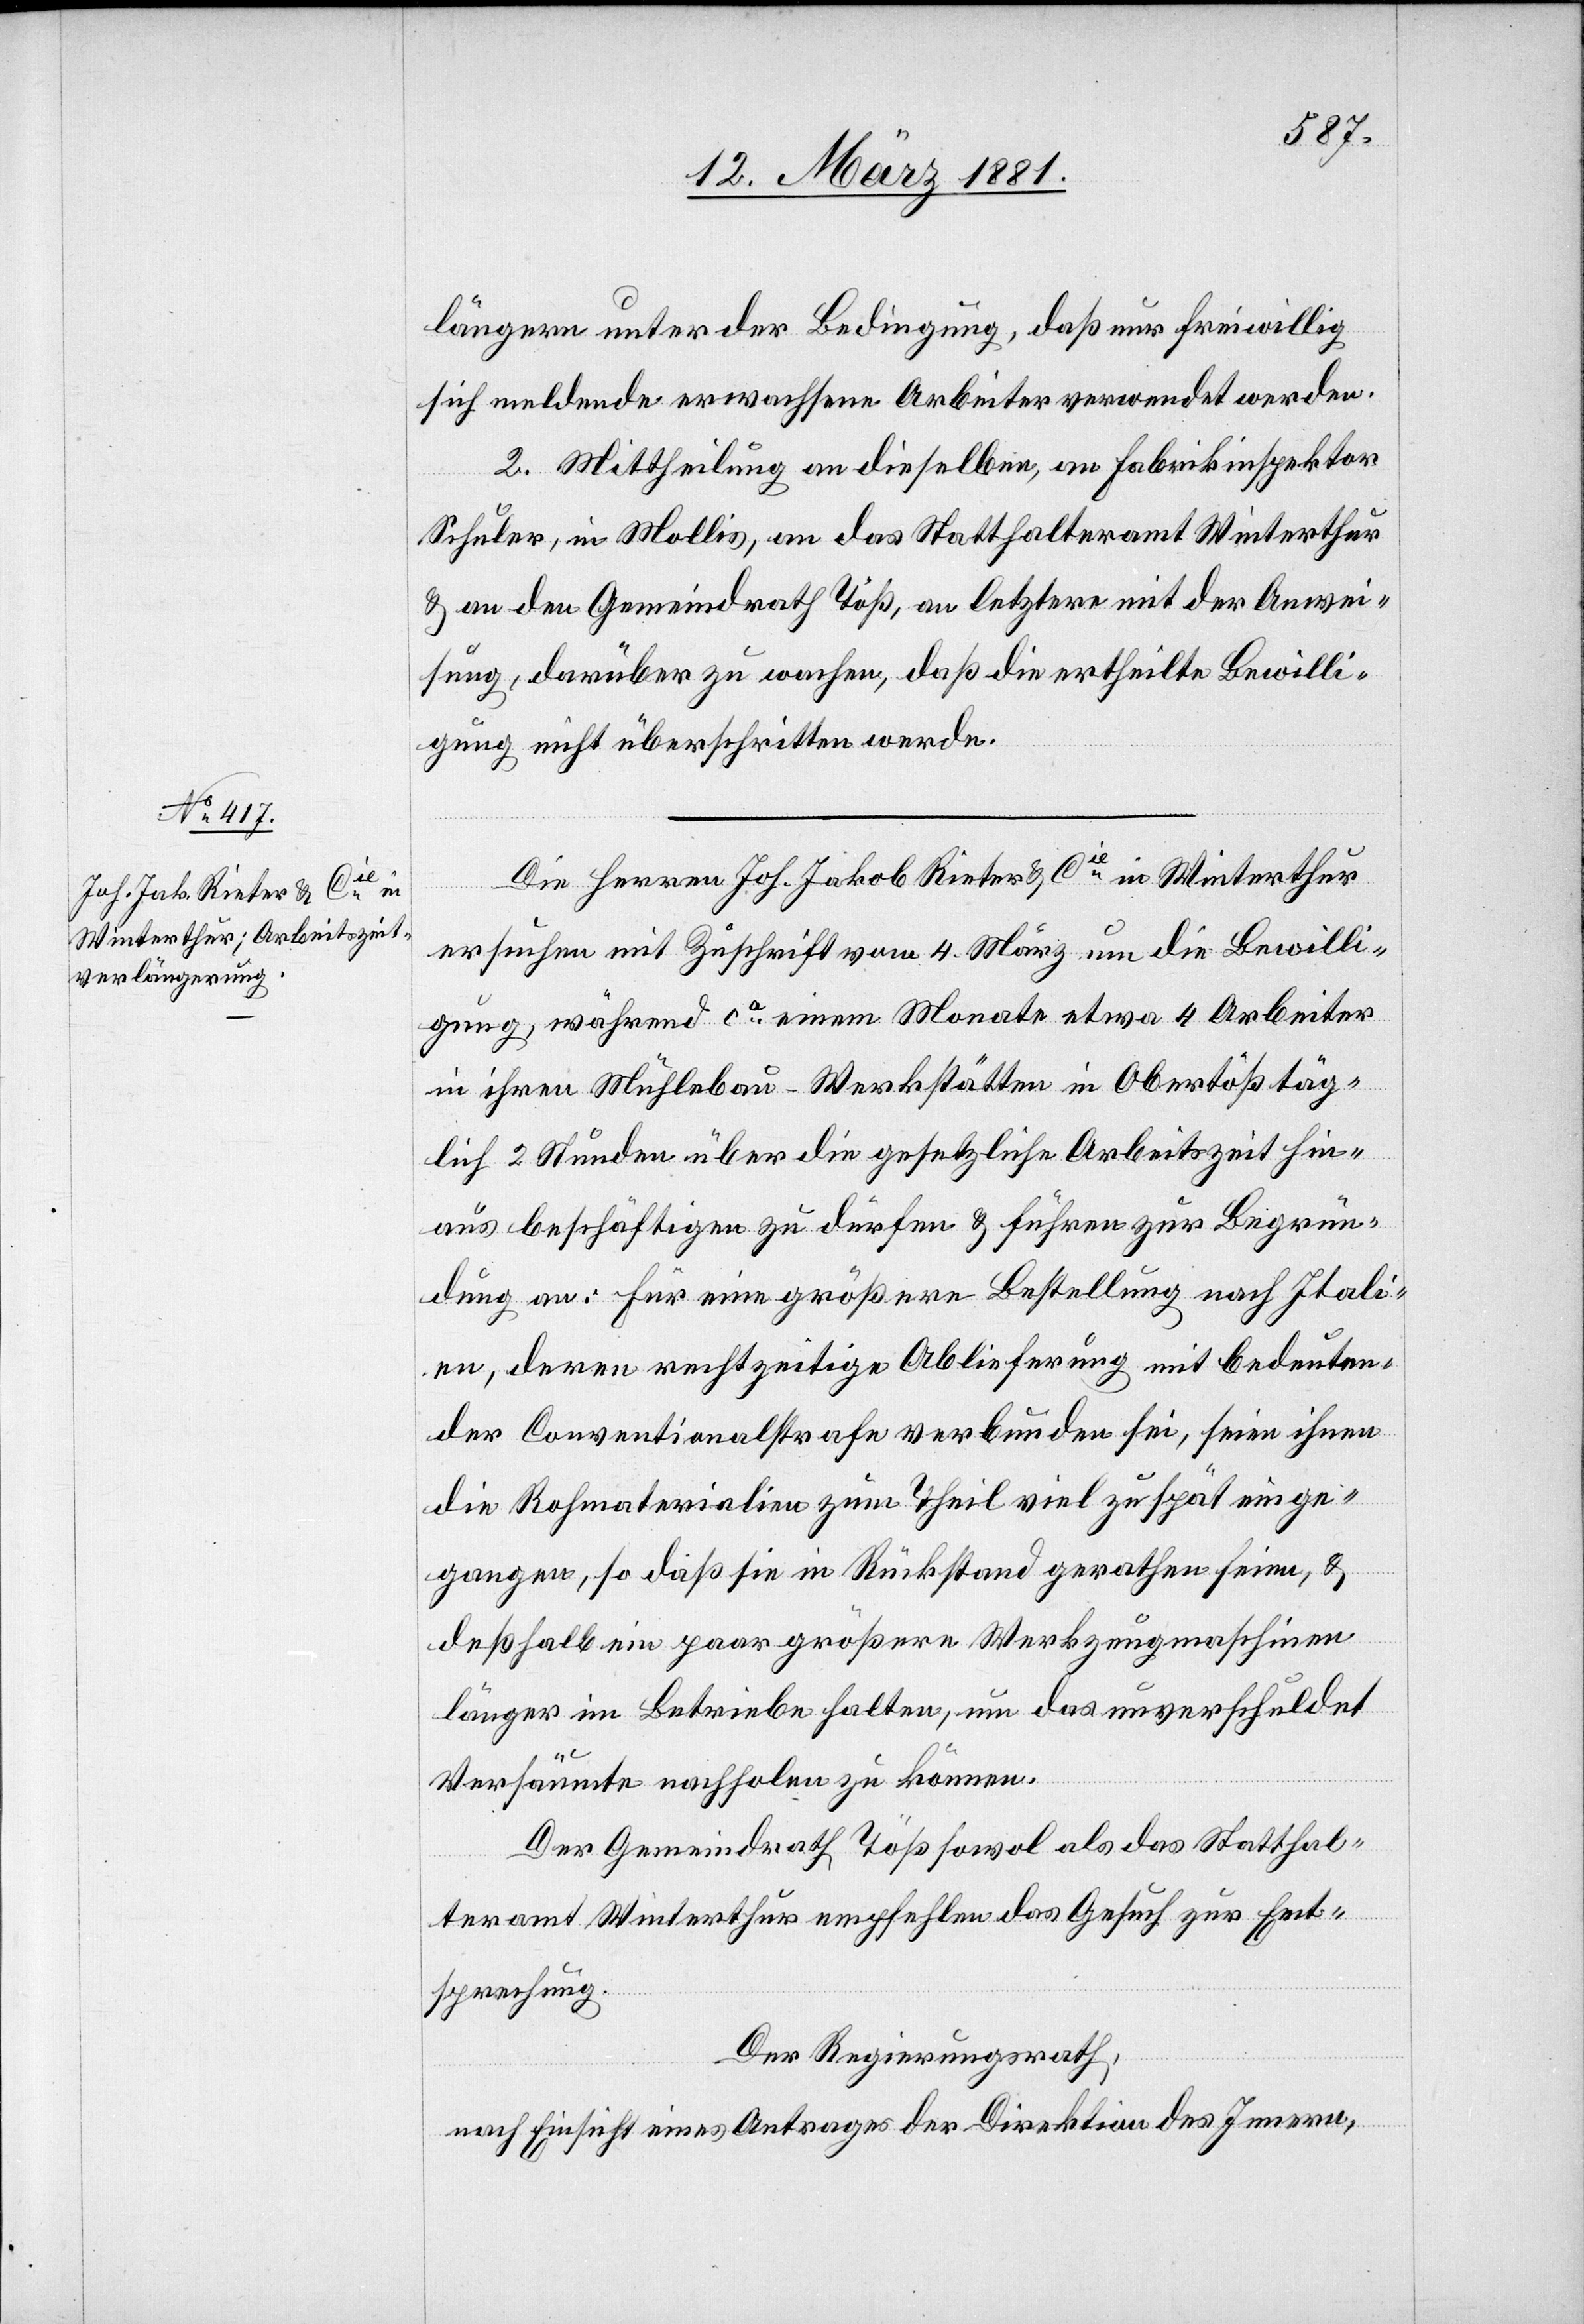
längern unter der Bedingung, daß nur freiwillig
sich meldende erwachsene Arbeiter verwendet werden.
2. Mittheilung an dieselben, an Fabrikinspektor
Schuler, in Mollis, an das Statthalteramt Winterthur
& an den Gemeindrath Töß, an letztere mit der Anwei¬
sung, darüber zu wachen, daß die ertheilte Bewilli¬
gung nicht überschritten werde.
Die Herren Joh. Jakob Rieter & Cie in Winterthur
ersuchen mit Zuschrift vom 4. März um die Bewilli¬
gung, während ca einem Monate etwa 4 Arbeiter
in ihren Mühlebau – Werkstätten in Obertöß täg¬
lich 2 Stunden über die gesetzliche Arbeitszeit hin¬
aus beschäftigen zu dürfen & führen zur Begrün¬
dung an: Für eine größere Bestellung nach Itali¬
en, deren rechtzeitige Ablieferung mit bedeuten¬
der Conventionalstrafe verbunden sei, seien ihnen
die Rohmaterialien zum Theil viel zu spät einge¬
gangen, so daß sie in Rückstand gerathen seien, &
deßhalb ein paar größere Werkzeugmaschinen
länger im Betriebe halten, um das unverschuldet
Versäumte nachholen zu können.
Der Gemeindrath Töß sowol als das Statthal¬
teramt Winterthur empfehlen das Gesuch zur Ent¬
sprechung.
Der Regierungsrath,
nach Einsicht eines Antrages der Direktion des Innern,